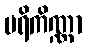
ပရိကိဏ္ဏာ